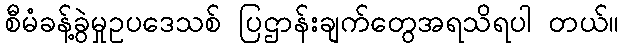
စီမံခန့်ခွဲမှုဥပဒေသစ် ပြဌာန်းချက်တွေအရသိရပါ တယ်။